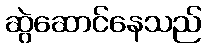
ဆွဲဆောင်နေသည်